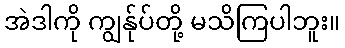
အဲဒါကို ကျွန်ုပ်တို့ မသိကြပါဘူး။